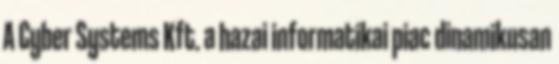
A Cyber Systems Kft. a hazai informatikai piac dinamikusan